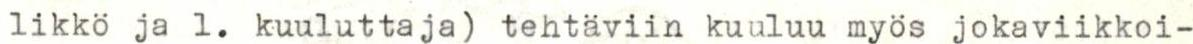
likkö ja 1. kuuluttaja) tehtäviin kuuluu myös jokaviikkoi-